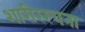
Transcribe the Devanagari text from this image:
शारीररचना